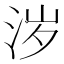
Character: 𰛦